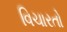
વિચારતો